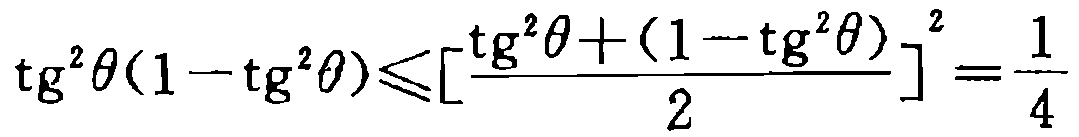
\(\mathrm{tg}^{2}\theta(1 - \mathrm{tg}^{2}\theta)\leqslant\left[\frac{\mathrm{tg}^{2}\theta+(1 - \mathrm{tg}^{2}\theta)}{2}\right]^{2}=\frac{1}{4}\)